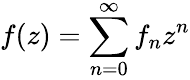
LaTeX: f(z)=\sum_{n=0}^{\infty}{f_{n}z^{n}}